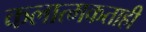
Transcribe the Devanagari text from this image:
कलात्मकताही